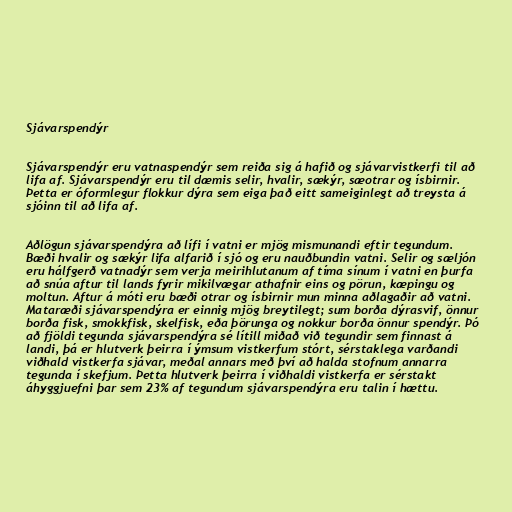
Sjávarspendýr

Sjávarspendýr eru vatnaspendýr sem reiða sig á hafið og sjávarvistkerfi til að
lifa af. Sjávarspendýr eru til dæmis selir, hvalir, sækýr, sæotrar og ísbirnir.
Þetta er óformlegur flokkur dýra sem eiga það eitt sameiginlegt að treysta á
sjóinn til að lifa af.

Aðlögun sjávarspendýra að lífi í vatni er mjög mismunandi eftir tegundum.
Bæði hvalir og sækýr lifa alfarið í sjó og eru nauðbundin vatni. Selir og sæljón
eru hálfgerð vatnadýr sem verja meirihlutanum af tíma sínum í vatni en þurfa
að snúa aftur til lands fyrir mikilvægar athafnir eins og pörun, kæpingu og
moltun. Aftur á móti eru bæði otrar og ísbirnir mun minna aðlagaðir að vatni.
Mataræði sjávarspendýra er einnig mjög breytilegt; sum borða dýrasvif, önnur
borða fisk, smokkfisk, skelfisk, eða þörunga og nokkur borða önnur spendýr. Þó
að fjöldi tegunda sjávarspendýra sé lítill miðað við tegundir sem finnast á
landi, þá er hlutverk þeirra í ýmsum vistkerfum stórt, sérstaklega varðandi
viðhald vistkerfa sjávar, meðal annars með því að halda stofnum annarra
tegunda í skefjum. Þetta hlutverk þeirra í viðhaldi vistkerfa er sérstakt
áhyggjuefni þar sem 23% af tegundum sjávarspendýra eru talin í hættu.